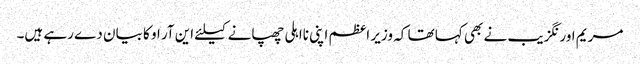
مریم اورنگزیب نے بھی کہا تھا کہ وزیر اعظم اپنی نااہلی چھپانے کیلئے این آر او کا بیان دے رہے ہیں۔